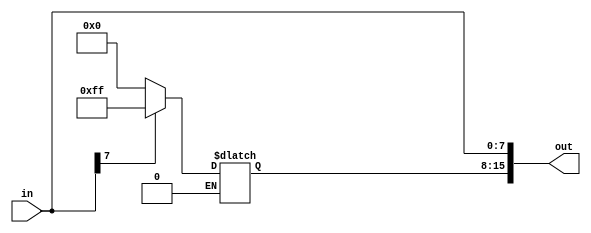
module SignBr(
	output reg[15:0] out,
	input [7:0] in
);
always@(*)
begin
	out[7:0]=in;
	if(out[7]==1'b1) out[15:8]=8'hFF;
	else if(out[7]==1'b0) out[15:8]=8'h00;
end

endmodule